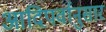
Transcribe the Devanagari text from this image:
आदिपर्वानुसार